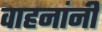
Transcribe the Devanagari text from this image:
वाहनांनी